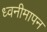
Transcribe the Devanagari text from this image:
ध्वनीमापन